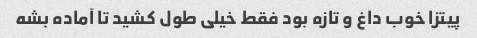
پیتزا خوب داغ و تازه بود فقط خیلی طول کشید تا آماده بشه